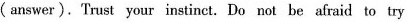
(answer).Trust your instinct. Do not be afraid to try